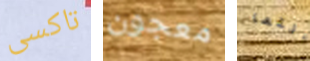
تاكسى معجون أأنتما